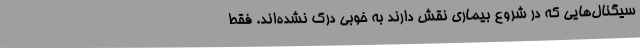
سیگنال‌هایی که در شروع بیماری نقش دارند به خوبی درک نشده‌اند. فقط